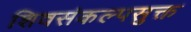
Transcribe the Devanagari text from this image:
शिवसंकल्पसुक्त